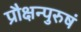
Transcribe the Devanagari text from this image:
प्रौक्षन्पुरुषं